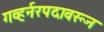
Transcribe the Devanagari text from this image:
गव्हर्नरपदावरून